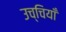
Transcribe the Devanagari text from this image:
उच्चियाँ